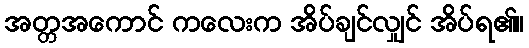
အတ္တအကောင် ကလေးက အိပ်ချင်လျှင် အိပ်ရ၏။